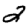
Digit: 2